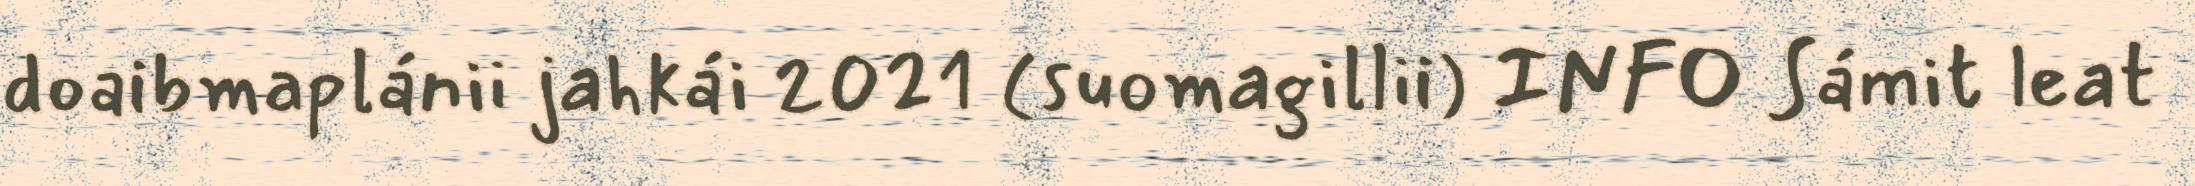
doaibmaplánii jahkái 2021 (suomagillii) INFO Sámit leat